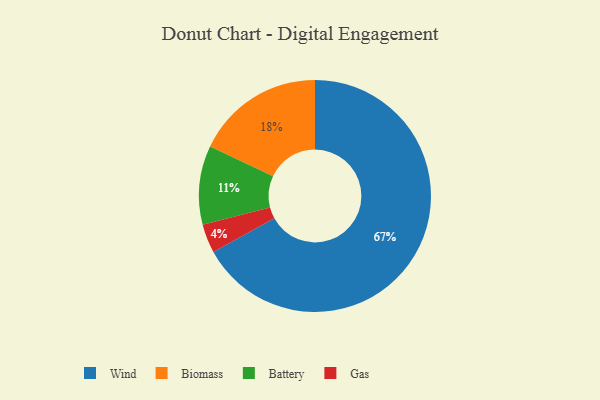
{"axis": {"x": "Category", "y": "Percentage"}, "legend": ["Battery", "Biomass", "Gas", "Wind"], "data": [{"x": "Wind", "y": 67, "type": "Wind"}, {"x": "Gas", "y": 4, "type": "Gas"}, {"x": "Battery", "y": 11, "type": "Battery"}, {"x": "Biomass", "y": 18, "type": "Biomass"}]}